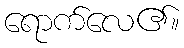
ရောက်လေ၏။